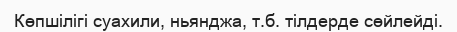
Көпшілігі суахили, ньянджа, т.б. тілдерде сөйлейді.